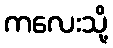
ကလေးသို့